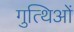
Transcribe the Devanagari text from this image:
गुत्थिओं